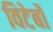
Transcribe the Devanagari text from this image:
विटेर्बो